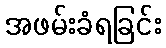
အဖမ်းခံရခြင်း